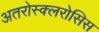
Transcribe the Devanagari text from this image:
अतरोस्क्लरोसिस